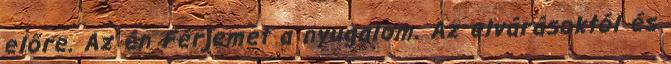
előre. Az én Férjemet a nyugalom. Az elvárásoktól és